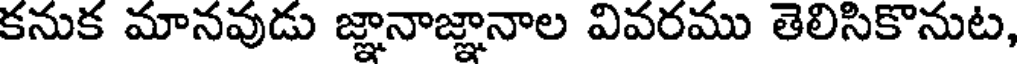
కనుక మానవుడు జ్ఞానాజ్ఞానాల వివరము తెలిసికొనుట,